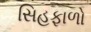
સિહફાળો